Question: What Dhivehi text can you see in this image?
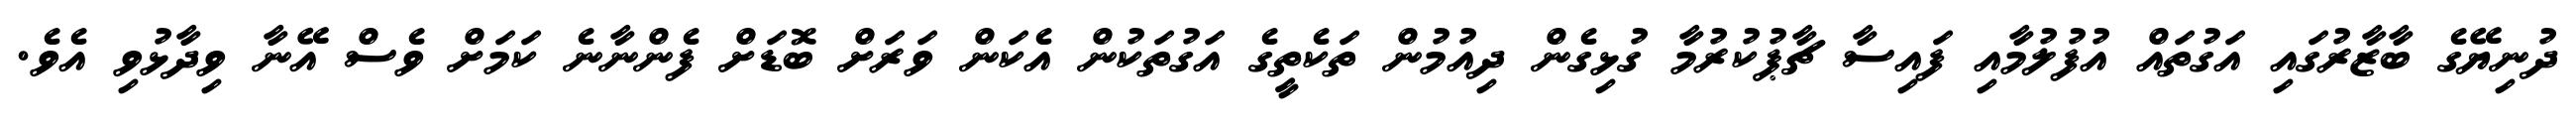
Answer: ދުނިޔޭގެ ބާޒާރުގައި އަގުތައް އުފުލުމާއި ފައިސާ ޗާޕުކުރުމާ ގުޅިގެން ދިއުމުން ތަކެތީގެ އަގުތަކުން އެކަން ވަރަށް ބޮޑަށް ފެންނާނެ ކަމަށް ވެސް އޭނާ ވިދާޅުވި އެވެ.